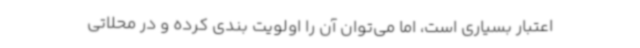
اعتبار بسیاری است، اما می‌توان آن را اولویت بندی کرده و در محلاتی